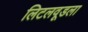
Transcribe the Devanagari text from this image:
लिटलवूडला